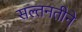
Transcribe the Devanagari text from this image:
सल्तनतीने